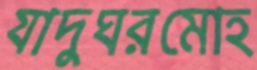
যাদুঘরমোহ